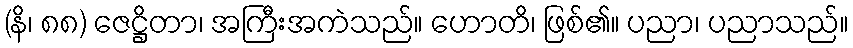
(နိ၊ ၈၈) ဇေဋ္ဌိတာ၊ အကြီးအကဲသည်။ ဟောတိ၊ ဖြစ်၏။ ပညာ၊ ပညာသည်။